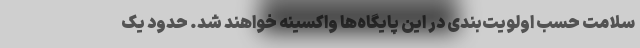
سلامت حسب اولویت‌بندی در این پایگاه‌ها واکسینه خواهند شد. حدود یک